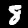
Label: 8